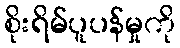
စိုးရိမ်ပူပန်မှုကို